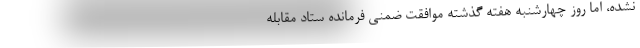
نشده، اما روز چهارشنبه هفته گذشته موافقت ضمنی فرمانده ستاد مقابله